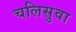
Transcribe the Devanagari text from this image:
चलिसुवा